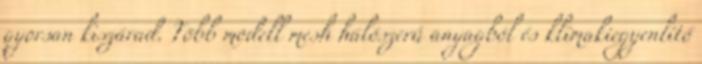
gyorsan kiszárad. Több modell mesh hálószerű anyagból és klímakiegyenlítő